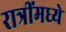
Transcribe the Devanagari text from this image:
रात्रींमध्ये